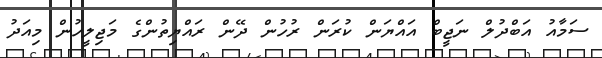
ސަމާއު އަބްދުލް ނަޖީބް އައްޔަން ކުރަން ރުހުން ދޭން ރައްޔިތުންގެ މަޖިލީހުން މިއަދު